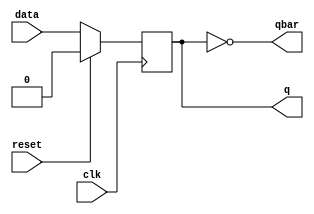
`timescale 1ns / 1ps
//////////////////////////////////////////////////////////////////////////////////
//////////////////////////////////////////////////////////////////////////////////
//MAGALI ANAHI MEZA CHAVEZ
//Seminario de Arquitectura de Computadoras

module FF_D_SINCRONO(reset,clk,data,q,qbar);
    //Entradas
    input data, reset, clk;
    output qbar;
    output reg q;
   
   always @(posedge clk) 
    begin
        if(reset)
            q <= 1'b0; 
     else 
            q <= data; 
    end 
   assign qbar = ~q;
endmodule